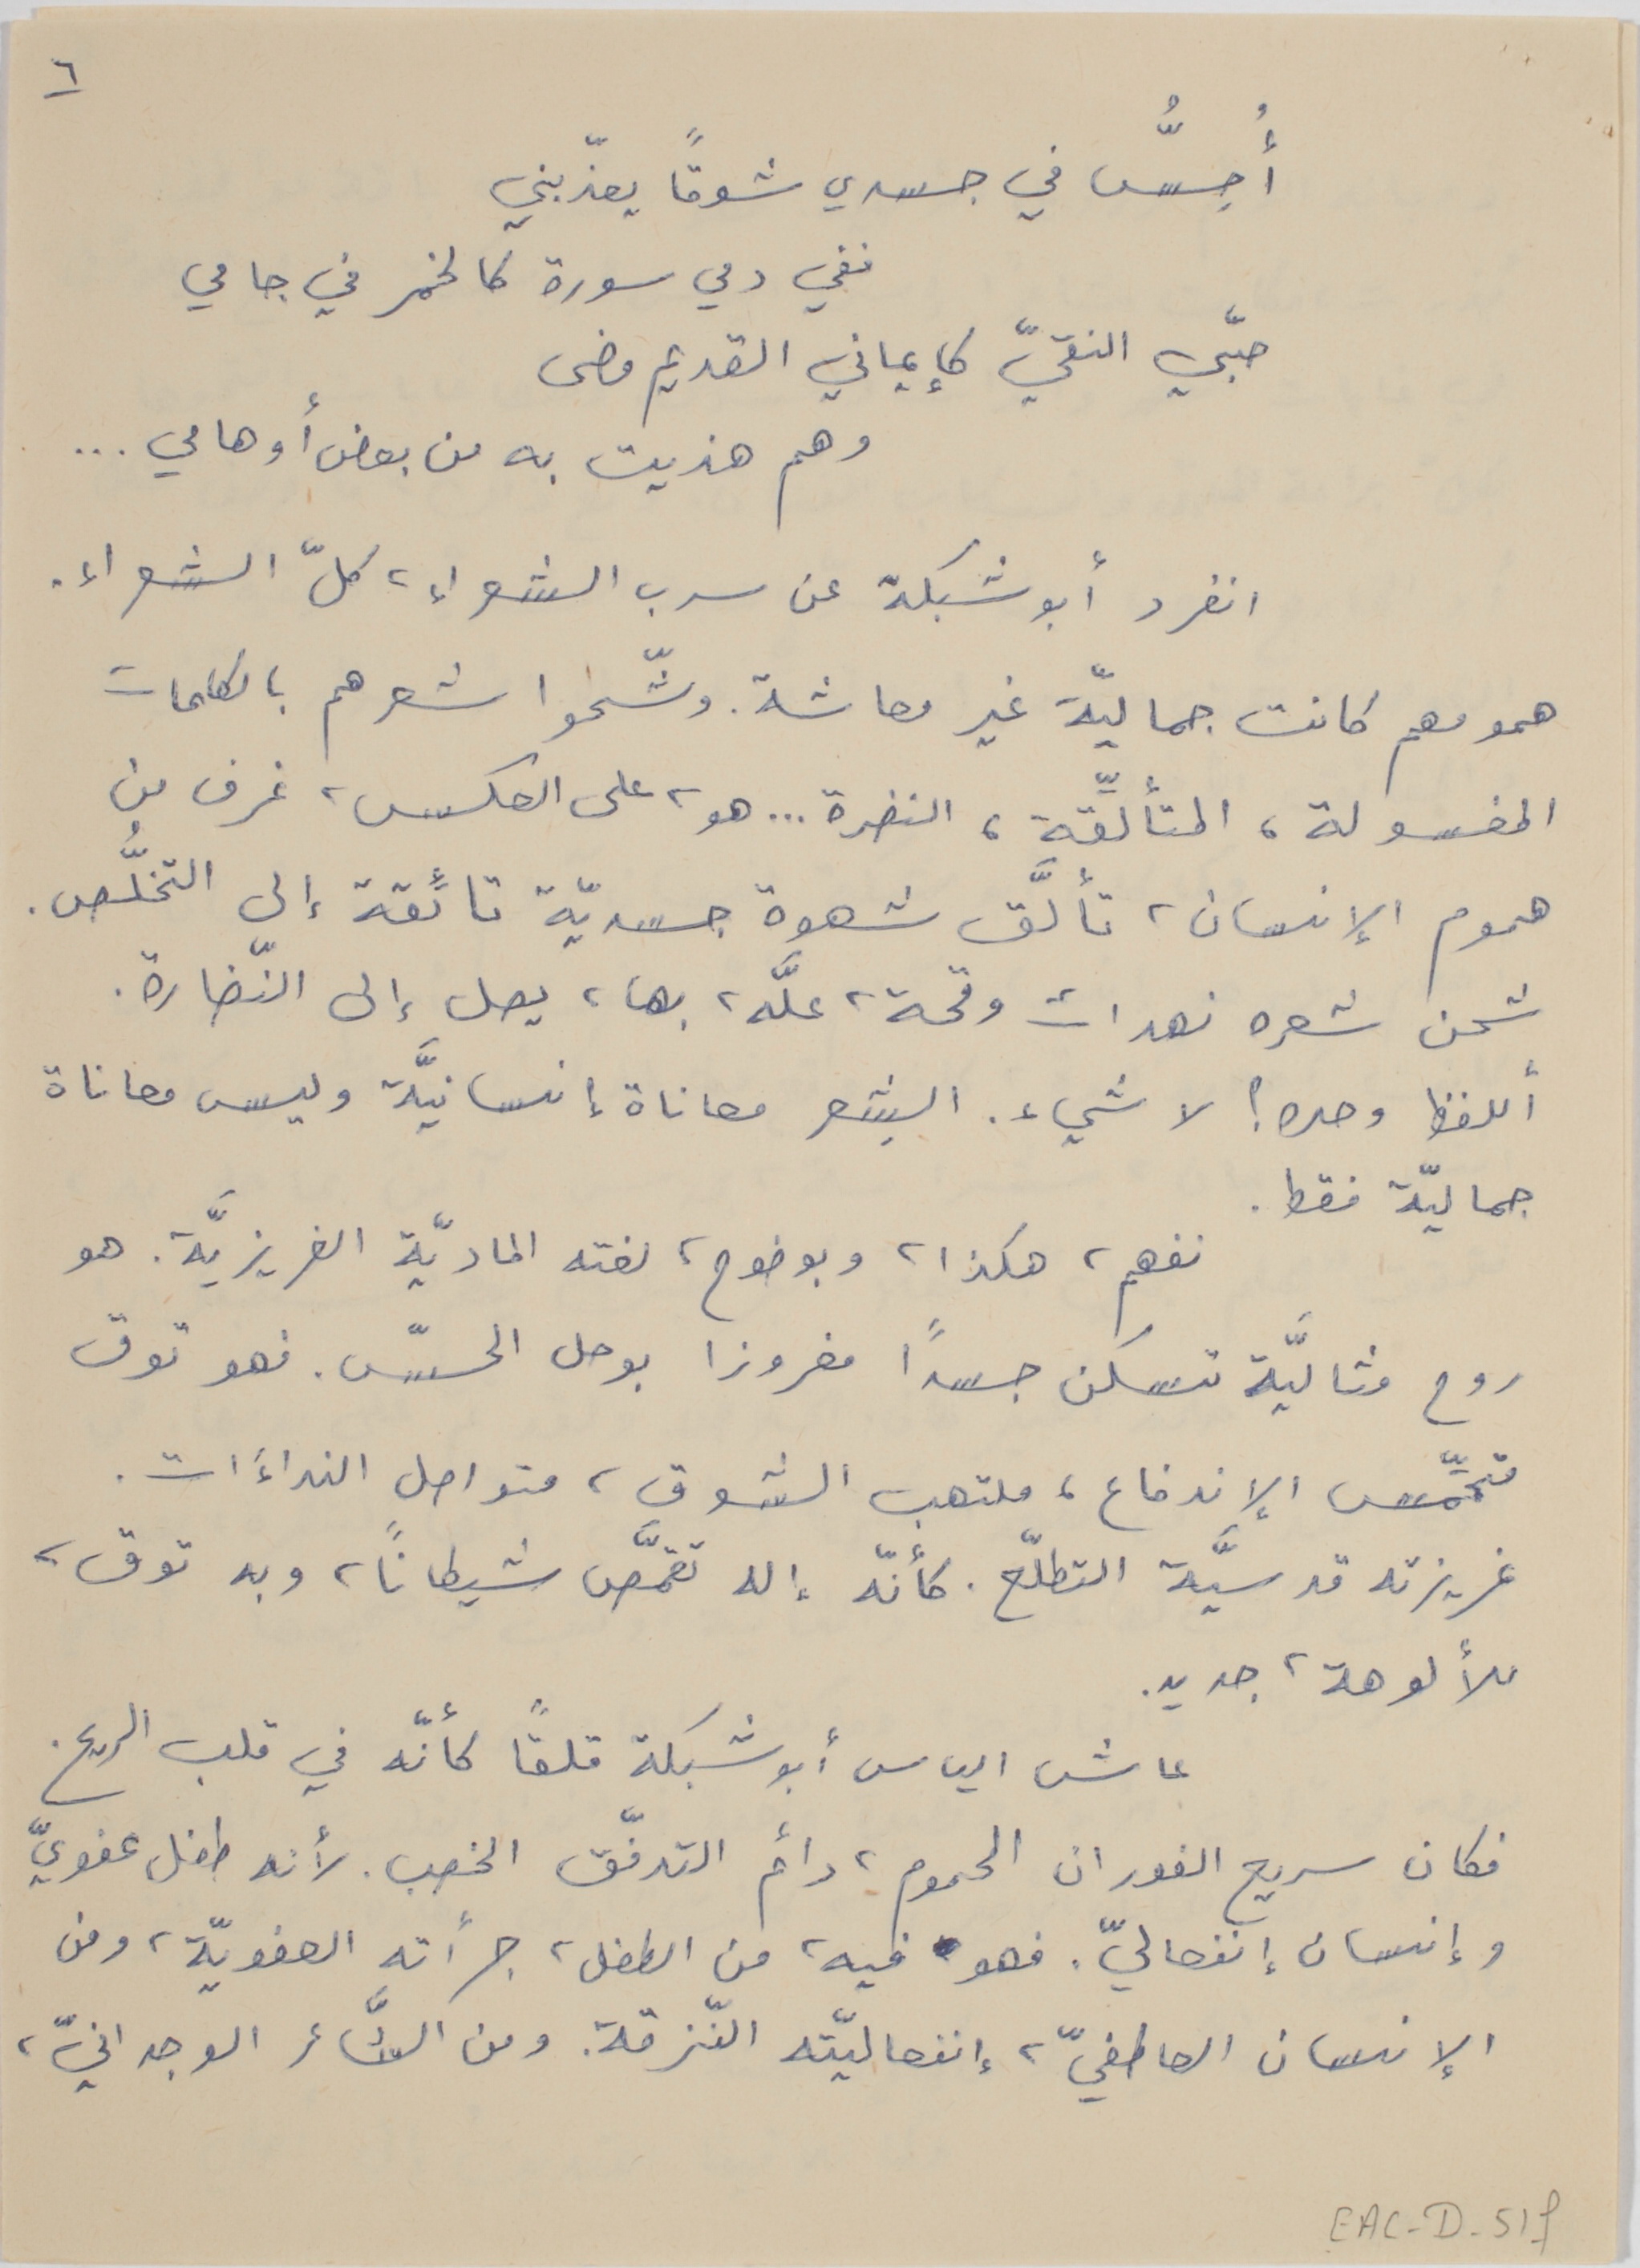
٦
أُحسُّ في جسدي شوقاً يعذّبني
ففي دمي سورة كالخمر في جامي
حبّي النقيّ كإيماني القديم مضى
وهم هذيت به من بعض أوهامي . . .
انفرد أبو شيكة عن سرب الشعراء، كلّ الشعراء .
همومهم كانت جماليّة غير معاشة. وشّحوا شعرهم بالكلمات
المغسولة، المتألِّقة، النضرة . . . هو، على العكس، غرف من
هموم الإنسان، تألَّق شهوة جسديّة تائِقة إلى التخلُّص.
شحن شعره نهدات وقحة، علَّه، بها، يصل إلى النّضارة.
أللفظ وحده؟ لا شيء. الشِعر معاناة إِنسانيَّة وليس معاناة
جماليّة فقط.
 نفهم، هكذا، وبوضوح، لغته الماديّة الغريزيَّة. هو
روح مثاليَّة تسكن جسداً مغروزا بوحل الحسّ. فهو توق
متحمِّس الإندفاع، ملتهب الشوق، متواصل النداءَات.
غريزته قدسيَّة التطّلّع. كأنّه إله تقمَّص شيطاناً، وبه توق،
للألوهة، جديد.
عاش الياس أبو شبكة قلقاً كأنّه في قلب الريح.
فكان سريع الفوران الحموم، داءم التدفّق الخصب. لأنه طفل عفويّ
وإنسان إنفصاليّ. فهو فيه، من الطفل، جرأته العفويّة، ومن
الإنسان العاطفيّ، إنفصاليّته النّزقة. ومن الشَّاعر الوجدانيّ،
EAC-D-51f